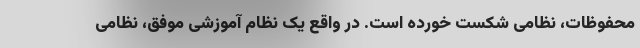
محفوظات، نظامی شکست خورده است. در واقع یک نظام آموزشی موفق، نظامی